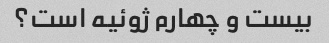
بیست و چهارم ژوئیه است؟